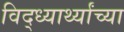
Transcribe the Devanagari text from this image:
विद्ध्यार्थ्यांच्या